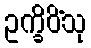
ဥက္ခိပိံသု